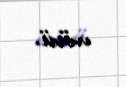
növü.